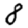
Digit: 8